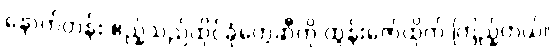
နောက်တန်း ဧည့်သည်ထိုင်ခုံတွေဆီကို ထွန်းဇော်ထိုက် ကြည့်တယ်။